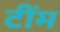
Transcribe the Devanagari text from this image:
टींम